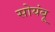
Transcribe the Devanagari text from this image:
सोयंबू